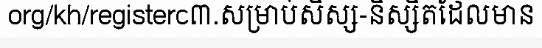
org/kh/registerc៣.សម្រាប់សិស្ស-និស្សិតដែលមាន